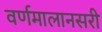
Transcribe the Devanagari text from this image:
वर्णमालानसरी